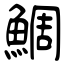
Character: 鯛